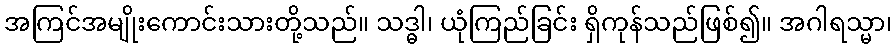
အကြင်အမျိုးကောင်းသားတို့သည်။ သဒ္ဓါ၊ ယုံကြည်ခြင်း ရှိကုန်သည်ဖြစ်၍။ အဂါရသ္မာ၊